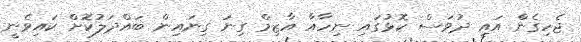
ޖެހިގެން އައީ ދުވަސް ކޮޅުގައި ނިހާއާ އާޒިމް ގިނަ ގިނައިން ބައްދަލުކޮށް ކައިވެނީ